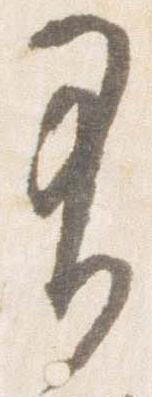
有